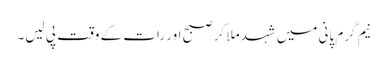
نیم گرم پانی میں شہد ملا کر صبح اور رات کے وقت پی لیں۔